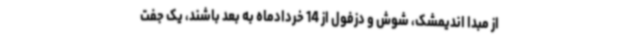
از مبدا اندیمشک، شوش و دزفول از 14 خردادماه به بعد باشند، یک جفت